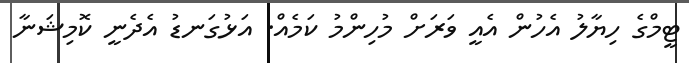
ޓީމްގެ ހިޔާލު އެހުން އެއީ ވަރަށް މުހިންމު ކަމެއް. އަޅުގަނޑު އެދެނީ ކޮމިޝަނާ